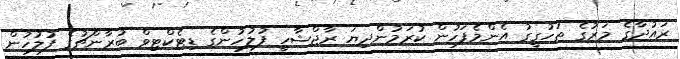
ރައުދާގެ މަރުގެ ތަހުގީގު އެންމެފަހުން ކުރަމުންދިޔަ ރާޖްޝާހީ ފުލުހުންގެ ޑިޓެކްޓިވް ބުރާންޗުގެ ފުލުހުން